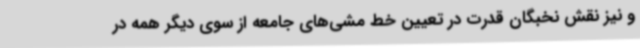
و نیز نقش نخبگان قدرت در تعیین خط مشی‌های جامعه از سوی دیگر همه در